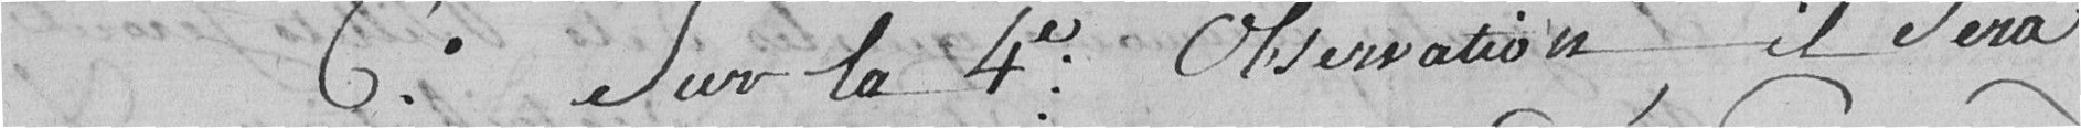
6e - Sur la 4ème observation, il sera